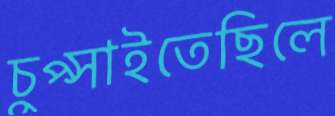
চুপ্‌সাইতেছিলে